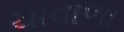
ચાવાળા